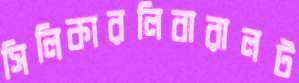
সিলিকারলিবারালট